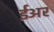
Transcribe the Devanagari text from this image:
ईअर